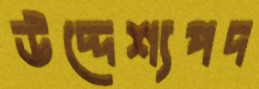
উদ্দেশ্যপদ